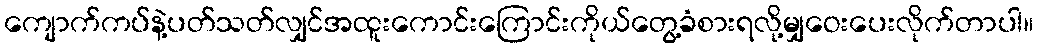
ကျောက်ကပ်နဲ့ပတ်သတ်လျှင်အထူးကောင်းကြောင်းကိုယ်တွေ့ခံစားရလို့မျှဝေးပေးလိုက်တာပါ။